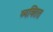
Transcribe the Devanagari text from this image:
व्यक्तित